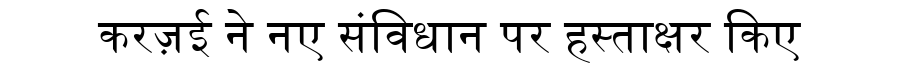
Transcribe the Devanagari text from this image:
करज़ई ने नए संविधान पर हस्ताक्षर किए